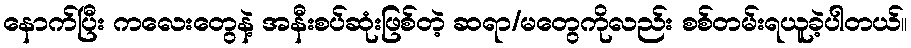
နောက်ပြီး ကလေးတွေနဲ့ အနီးစပ်ဆုံးဖြစ်တဲ့ ဆရာ/မတွေကိုလည်း စစ်တမ်းရယူခဲ့ပါတယ်။